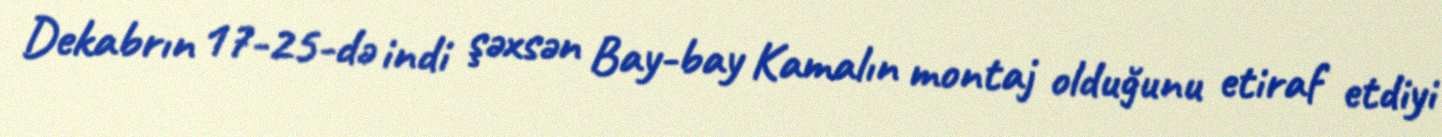
Dekabrın 17-25-də indi şəxsən Bay-bay Kamalın montaj olduğunu etiraf etdiyi